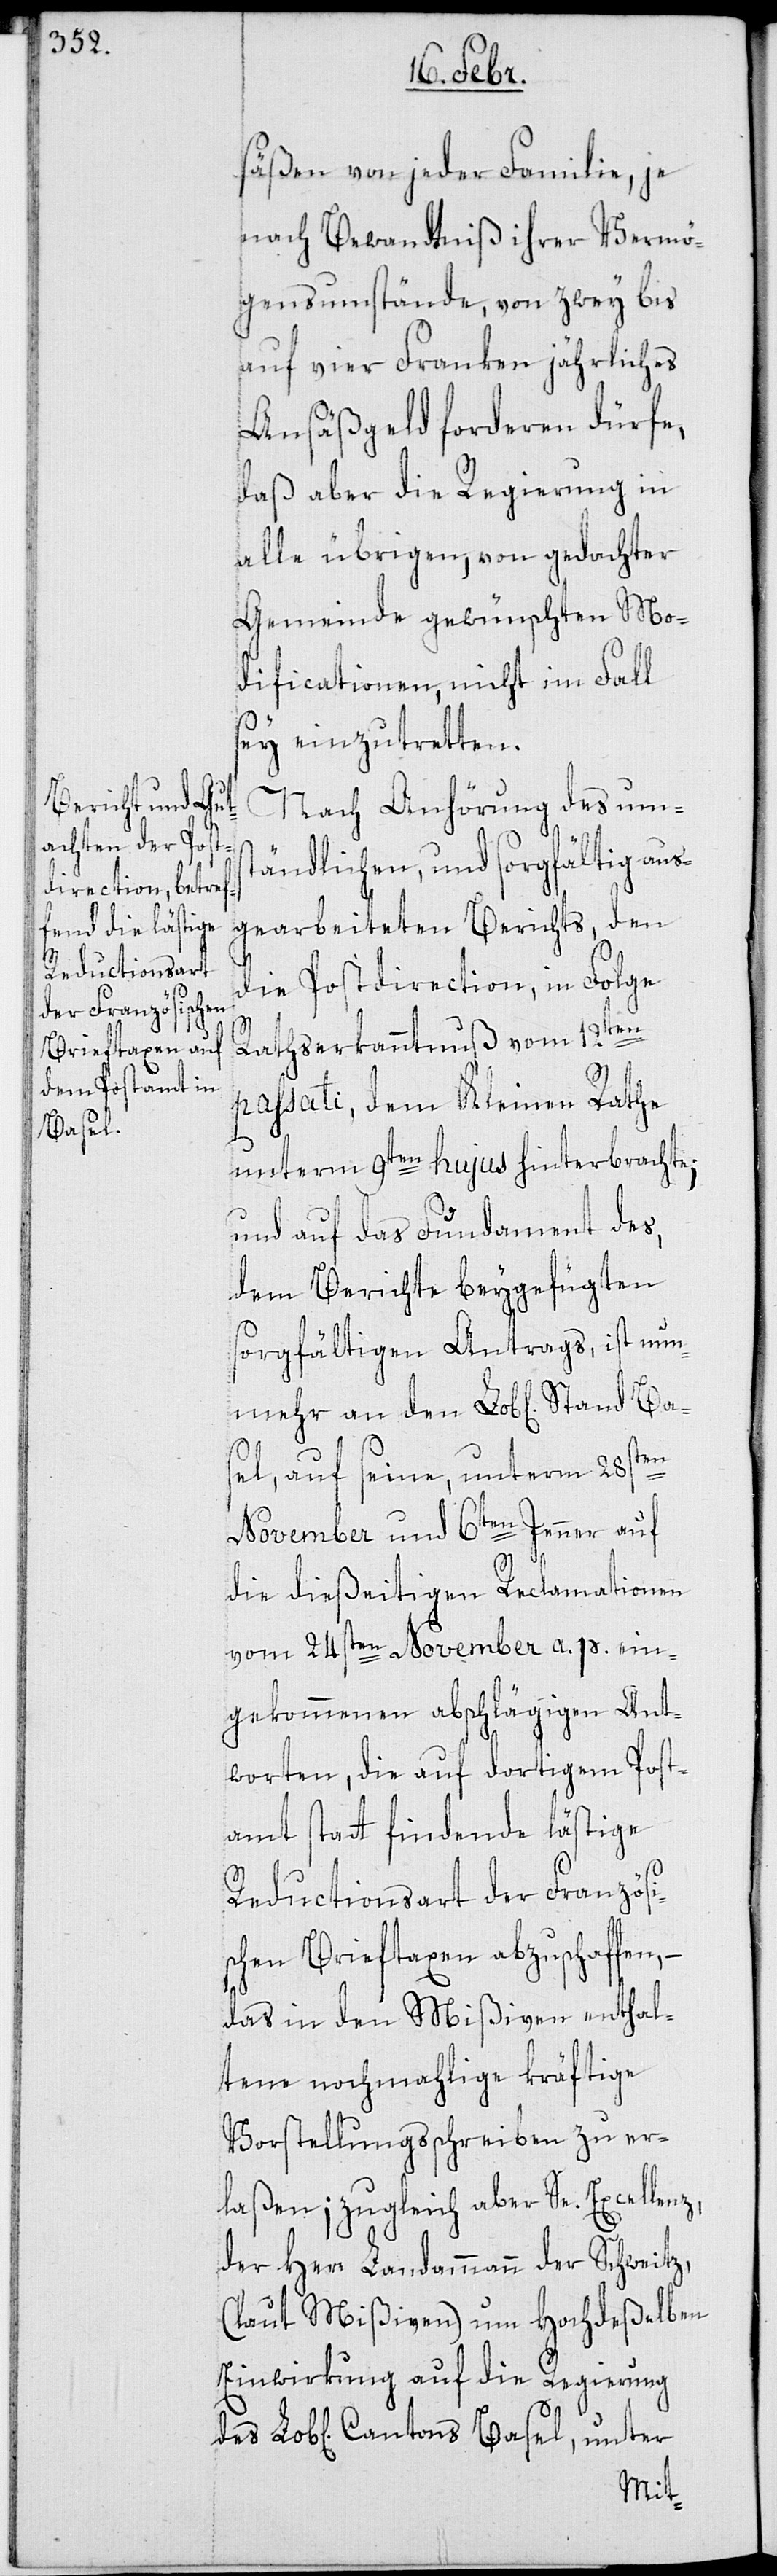
Basel,

säßen von jeder Familie, je
nach Bewandtniß ihrer Vermö¬
gensumstände, von zwey bis
auf vier Franken jährliches
Ansäßgeld fordern dürfe,
daß aber die Regierung in
alle übrigen von gedachter
Gemeinde gewünschten Mo¬
dificationen, nicht im Fall
sey einzutretten.
Nach Anhörung des ums¬
tändlichen, und sorgfältig aus¬
gearbeiteten Berichts, den
die Postdirection in Folge,
den
Rathserkanntnuß vom 12t¬
passati, dem Kleinen Rathe
unterm 9ten hujus hinterbrachte;
und auf das Fundament des,
dem Berichte beygefügten
sorgfältigen Antrags, ist nunme¬
sel, auf seine, unterm 28sten
November und 6ten Jenner auf
Ba¬
die dießeitigen Reclamationen
vom 24sten November a. p. ein¬
gekommenen abschlägigen Ant¬
worten, die auf dortigem Post¬
amt statt findende lästige
Reductionsart der Französi¬
schen Brieftaxen abzuschaffen,
das in den Mißiven enthal¬
tene nochmahlige kräftige
Vorstellungsschreiben zu er¬
laßen; zugleich aber Se. Excellenz,
der Herr Landammann der Schweitz
(laut Mißiven) um Hochdeßelben
Einwirkung auf die Regierung